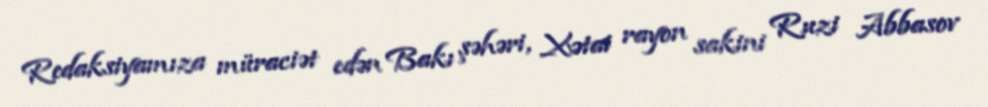
Redaksiyamıza müraciət edən Bakı şəhəri, Xətai rayon sakini Ruzi Abbasov